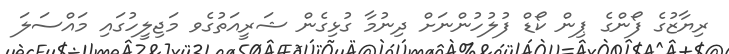
ރިޔާޒުގެ ފޯންގެ ޕިން ކޯޑް ފުލުހުންނަށް ދިނުމާ ގުޅިގެން ޝަރީއަތުގެވ މަޖިލީހުގައި މައްސަލަ